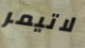
لاتيمر